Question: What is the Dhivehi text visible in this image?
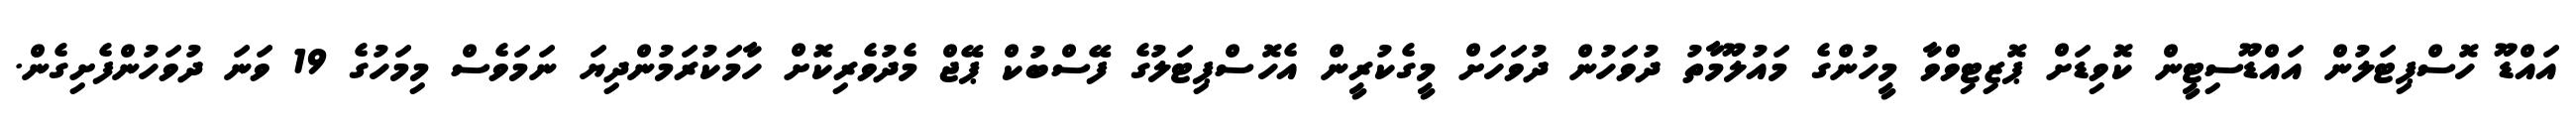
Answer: އައްޑޫ ހޮސްޕިޓަލުން އައްޑޫސިޓީން ކޮވިޑަށް ޕޮޒިޓިވްވާ މީހުންގެ މައުލޫމާތު ދުވަހުން ދުވަހަށް މީގެކުރީން އެހޮސްޕިޓަލުގެ ފޭސްބުކް ޕޭޖް މެދުވެރިކޮށް ހާމަކުރަމުންދިޔަ ނަމަވެސް މިމަހުގެ 19 ވަނަ ދުވަހުންފެށިގެން.